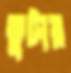
ভুটার